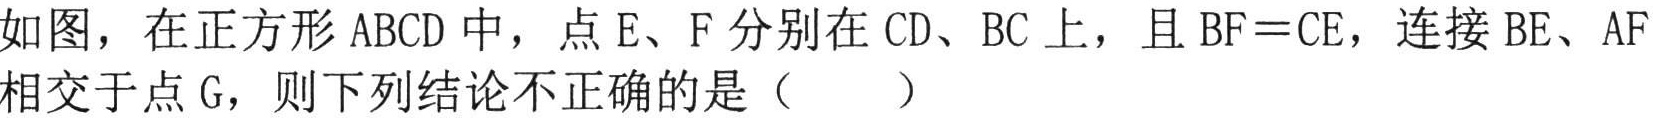
如图，在正方形 \(ABCD\) 中，点 \(E\)、\(F\) 分别在 \(CD\)、\(BC\) 上，且 \(BF = CE\)，连接 \(BE\)、\(AF\) 相交于点 \(G\)，则下列结论不正确的是（  ）